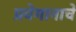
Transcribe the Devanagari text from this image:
प्रवेगानाचे